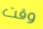
وقت